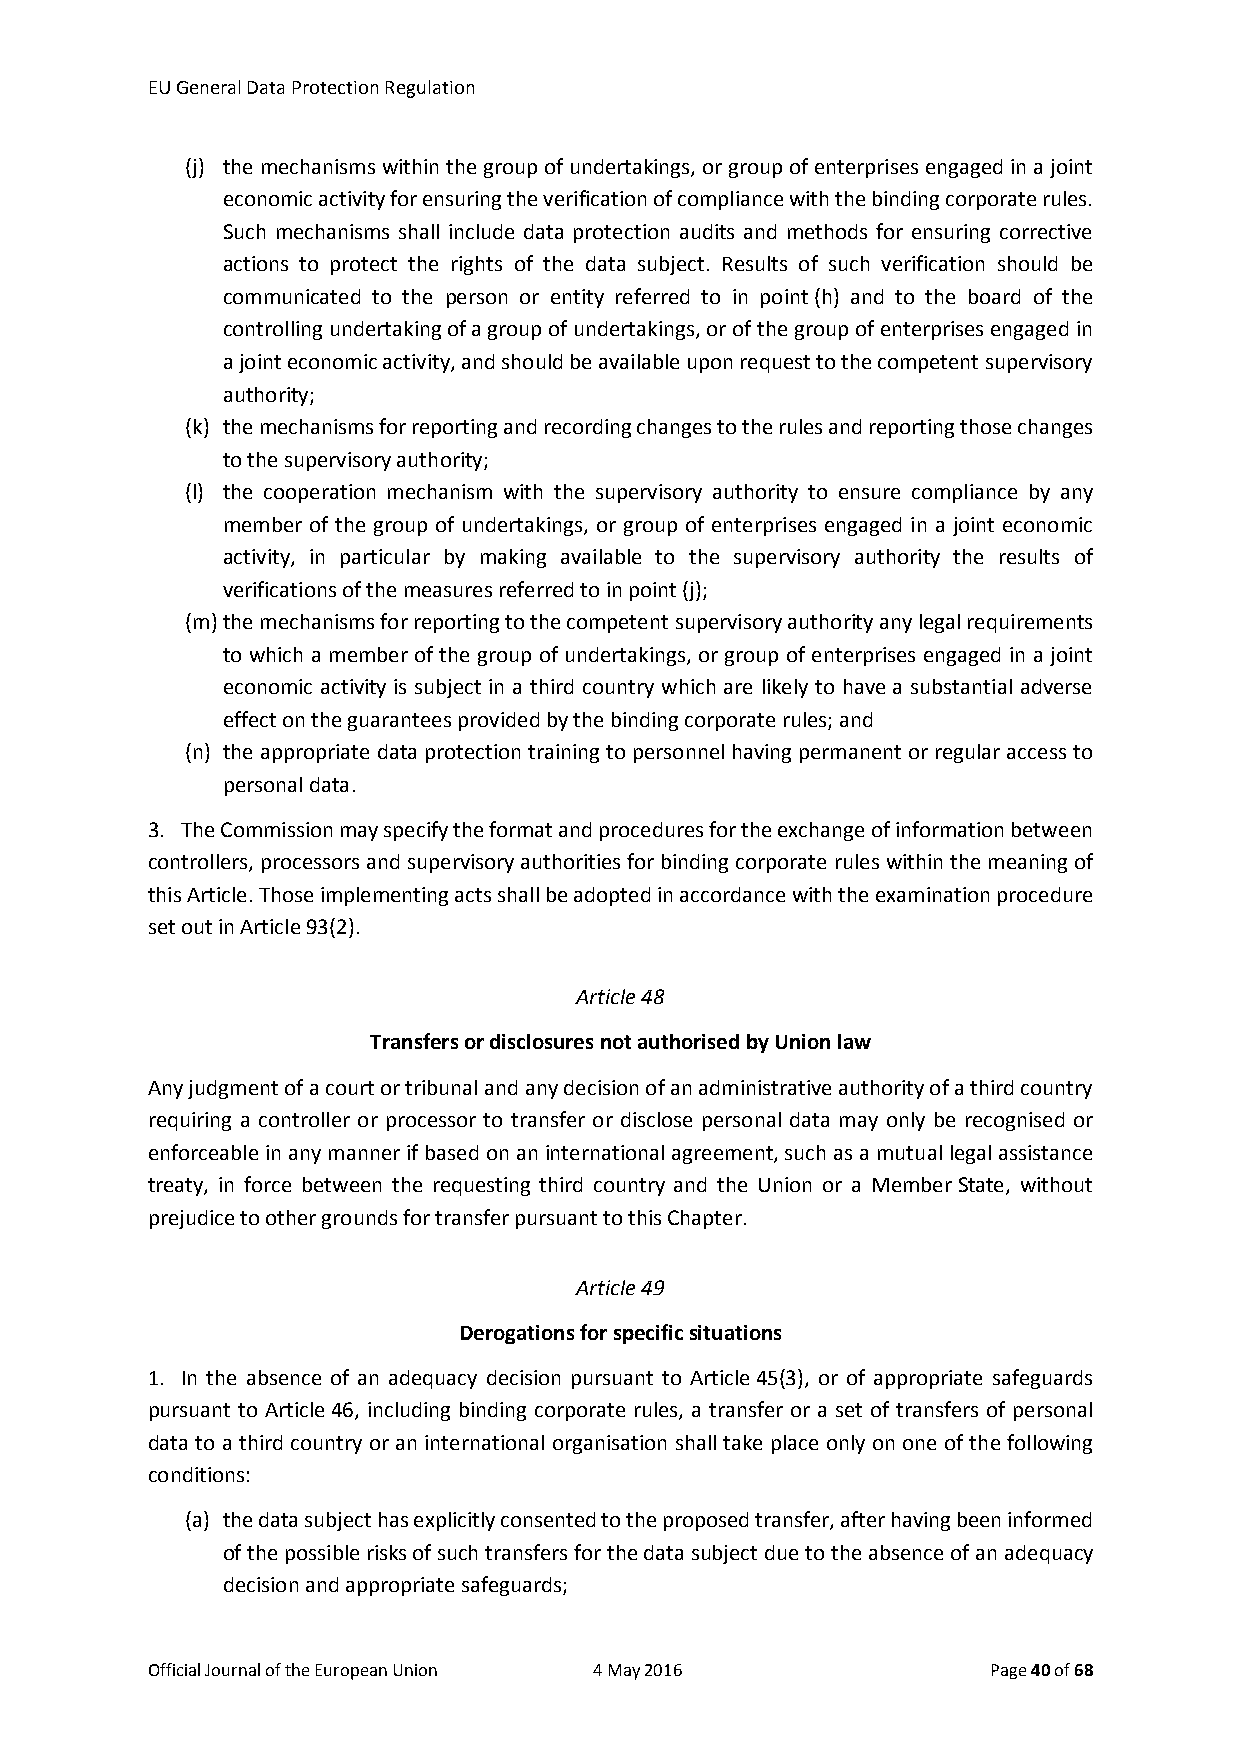
EU General Data Protection Regulation
 (j) the mechanisms within the group of undertakings, or group of enterprises engaged in a joint
 economic activity for ensuring the verification of compliance with the binding corporate rules.
 Such mechanisms shall include data protection audits and methods for ensuring corrective
 actions to protect the rights of the data subject. Results of such verification should be
 communicated to the person or entity referred to in point (h) and to the board of the
 controlling undertaking of a group of undertakings, or of the group of enterprises engaged in
 a joint economic activity, and should be available upon request to the competent supervisory
 authority;
 (k) the mechanisms for reporting and recording changes to the rules and reporting those changes
 to the supervisory authority;
 (l) the cooperation mechanism with the supervisory authority to ensure compliance by any
 member of the group of undertakings, or group of enterprises engaged in a joint economic
 activity, in particular by making available to the supervisory authority the results of
 verifications of the measures referred to in point (j);
 (m) the mechanisms for reporting to the competent supervisory authority any legal requirements
 to which a member of the group of undertakings, or group of enterprises engaged in a joint
 economic activity is subject in a third country which are likely to have a substantial adverse
 effect on the guarantees provided by the binding corporate rules; and
 (n) the appropriate data protection training to personnel having permanent or regular access to
 personal data.
 3. The Commission may specify the format and procedures for the exchange of information between
 controllers, processors and supervisory authorities for binding corporate rules within the meaning of
 this Article. Those implementing acts shall be adopted in accordance with the examination procedure
 set out in Article 93(2).
 Article 48
 Transfers or disclosures not authorised by Union law
 Any judgment of a court or tribunal and any decision of an administrative authority of a third country
 requiring a controller or processor to transfer or disclose personal data may only be recognised or
 enforceable in any manner if based on an international agreement, such as a mutual legal assistance
 treaty, in force between the requesting third country and the Union or a Member State, without
 prejudice to other grounds for transfer pursuant to this Chapter.
 Article 49
 Derogations for specific situations
 1. In the absence of an adequacy decision pursuant to Article 45(3), or of appropriate safeguards
 pursuant to Article 46, including binding corporate rules, a transfer or a set of transfers of personal
 data to a third country or an international organisation shall take place only on one of the following
 conditions:
 (a) the data subject has explicitly consented to the proposed transfer, after having been informed
 of the possible risks of such transfers for the data subject due to the absence of an adequacy
 decision and appropriate safeguards;
 Official Journal of the European Union 4 May 2016       Page 40 of 68